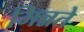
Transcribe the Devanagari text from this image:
मिन्नते